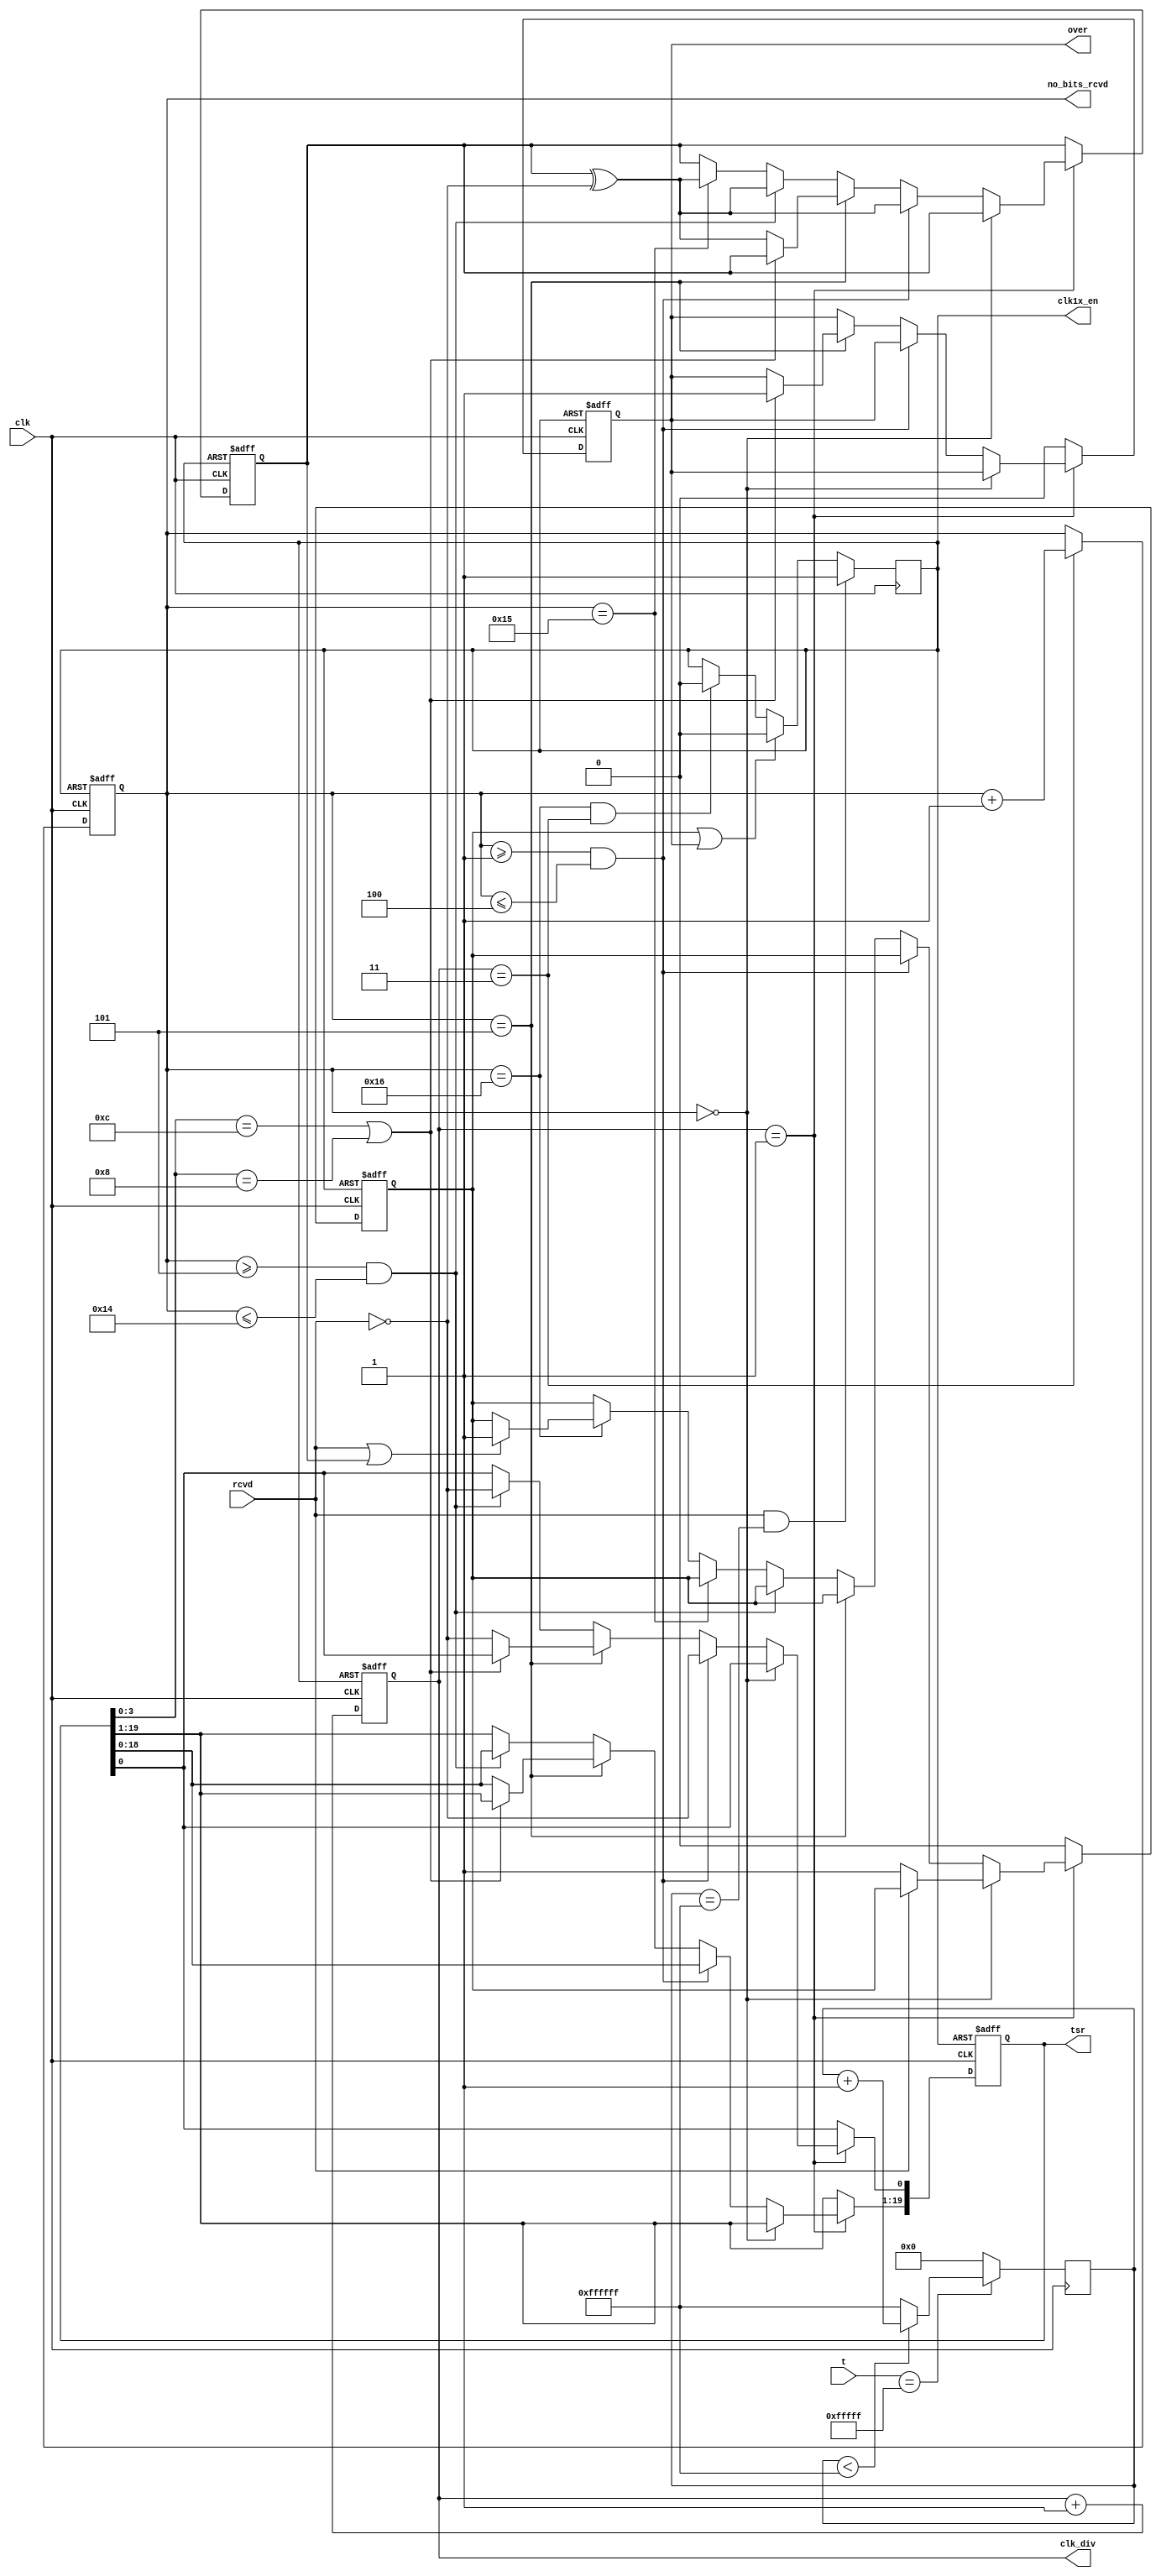
/*====================================================================
rec.v

2009-08-12  1.0

====================================================================*/
module rcvr(clk, t, rcvd, over, tsr, clk_div, no_bits_rcvd, clk1x_en);

    input	clk;
    input	[19:0]t;
    input	rcvd;
    
    output	over;
    output	[19:0]tsr;
    output	[1:0]clk_div;
    output	[4:0]no_bits_rcvd;
    output	clk1x_en;
    
    reg		over;
    reg		[19:0]tsr;
    reg		[1:0]clk_div;
    reg		[4:0]no_bits_rcvd;
    reg		clk1x_en;
    
    reg		error;
    reg		parity;
    
    reg		[23:0]tt;
    
    initial
	begin
    over = 1'b0;
    error = 1'b0;
    clk1x_en = 1'b0;
    clk_div = 2'b0;
    no_bits_rcvd  = 5'b0;
    parity = 1'b1;
    tsr = 20'b0;
    tt = 24'b0;
    end
    
/*--------------------------clk---------------------------*/
    always@(posedge clk or negedge clk1x_en)
    begin
    if(!clk1x_en)
        clk_div <= 2'b0;
    else
        clk_div <= clk_div + 1'b1;
    end
    
/*-----------------------------------------------*/
	always@(posedge clk)
	begin
	if (t == 20'hFFFFF)
		begin
		if (tt < 24'hFFFFFF)
			tt <= tt + 1'b1;
		else
			tt <= 24'hFFFFFF;
		end
	else
		tt <= 24'b0;
	end
	
    always@(posedge clk)
    begin
    if(rcvd && tt == 24'hFFFFFF)
        clk1x_en <= 1'b1;
    else if(error || over)
        clk1x_en <= 1'b0;
    else if(no_bits_rcvd == 5'd22 && clk_div == 2'b11)
        clk1x_en <= 1'b0;
    end

/*----------------------------------------------*/
    always@(posedge clk or negedge clk1x_en)
    begin
    if(!clk1x_en)
        no_bits_rcvd <= 5'b0;
    else if(clk_div == 2'b11)
        no_bits_rcvd <= no_bits_rcvd + 1'b1;
    end

/*----------------------------------------*/
    always@(posedge clk or negedge clk1x_en)
    begin
    if(!clk1x_en)
        begin
        parity <= 1'b1;
        error <= 1'b0;
        over <= 1'b0;
        tsr <= 20'b0;
        end
    else if(clk_div == 2'b01)
        begin
        if(no_bits_rcvd == 5'b0)
            begin
            if(!rcvd)
                error <= 1'b1;
            end
        else if(no_bits_rcvd >= 5'd1 && no_bits_rcvd <= 5'd4)
            begin
            tsr[19:1] <= tsr[18:0];
            tsr[0] <= ~rcvd;
            parity <= parity^(~rcvd);
            end
        else if(no_bits_rcvd == 5'd5)
            begin
            if(tsr[3:0] == 4'b1100 || tsr[3:0] == 4'b1000)
                over <= 1'b1;
            else
                begin
                tsr[19:1] <= tsr[18:0];
                tsr[0] <= ~rcvd;
                parity <= parity^(~rcvd);
                end
            end
        else if(no_bits_rcvd >= 5'd5 && no_bits_rcvd <= 5'd20)
            begin
            tsr[19:1] <= tsr[18:0];
            tsr[0] <= ~rcvd;
            parity <= parity^(~rcvd);
            end
        else if(no_bits_rcvd == 5'd21)
            begin
            parity <= parity^(~rcvd);
            end
        else if(no_bits_rcvd == 5'd22)
            begin
            if(rcvd || parity)
                error <= 1'b1;
            end
        end
    else
        begin
        over <= 1'b0;
        error <= 1'b0;
        end
    end
    
endmodule